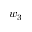
w _ { 3 }